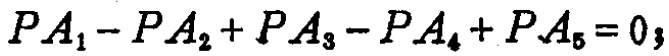
\(PA_1 - PA_2 + PA_3 - PA_4 + PA_5 = 0\)